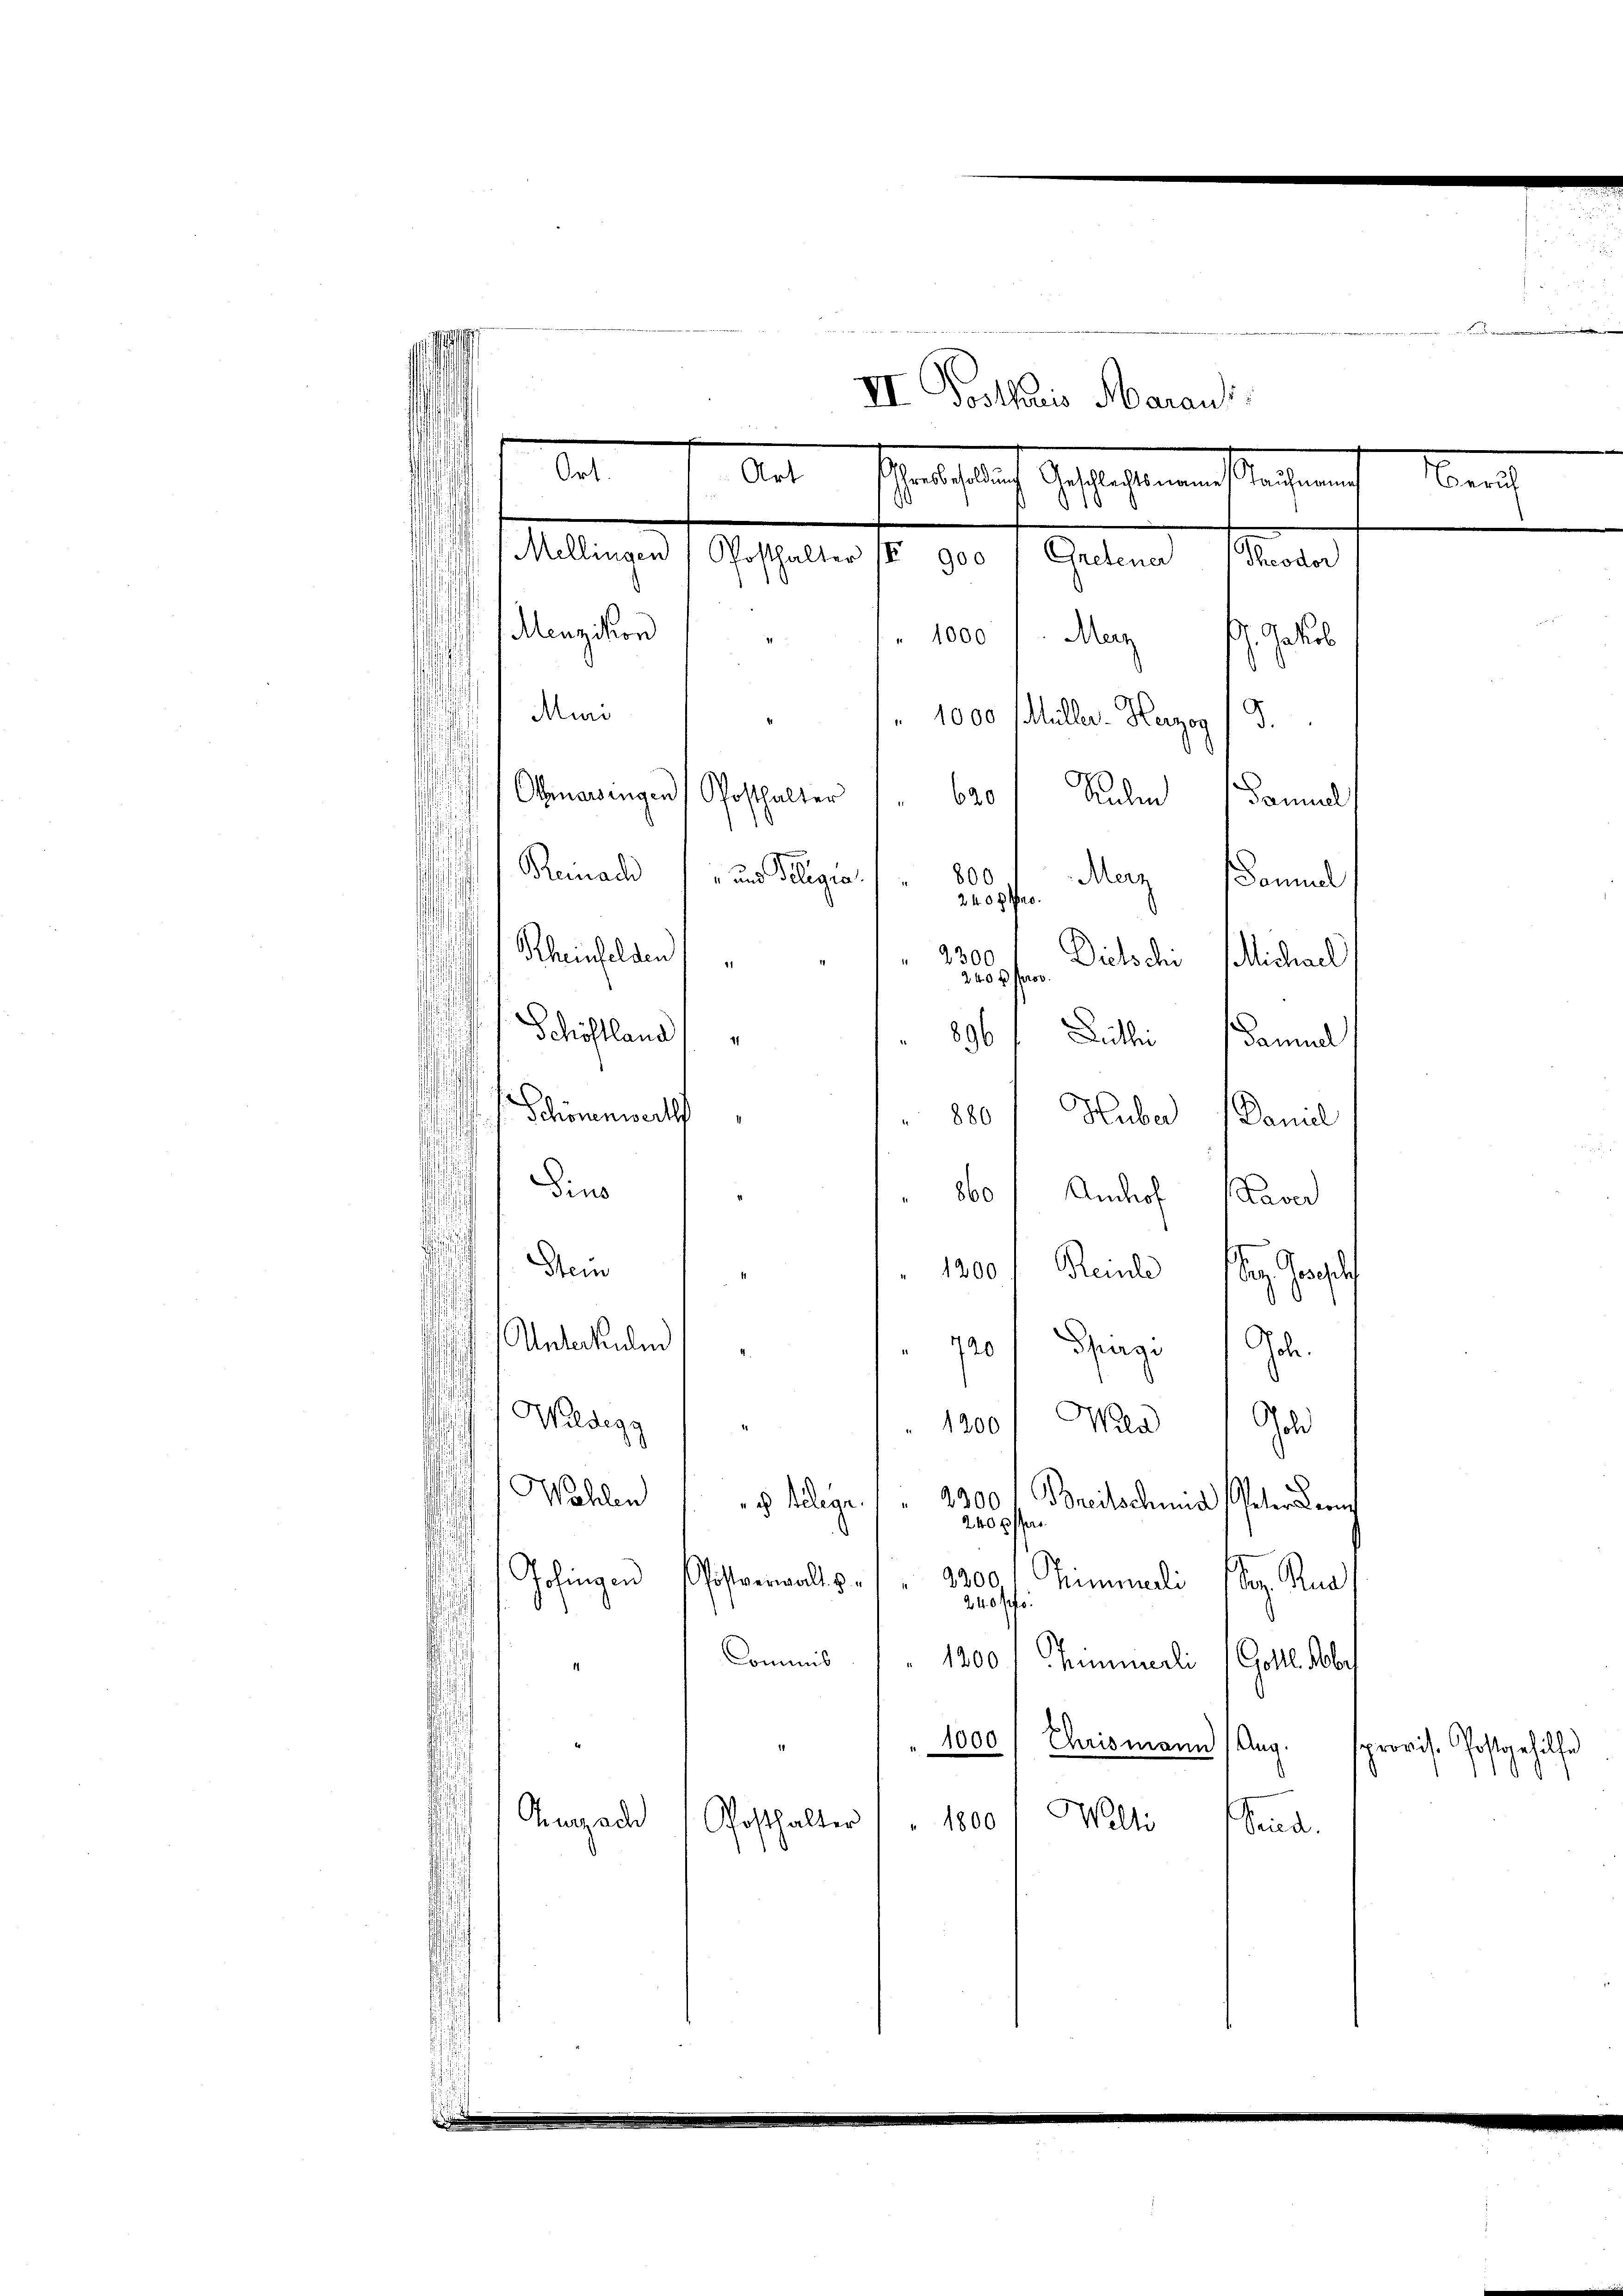
1000 /: Mag. Jahrb
" 1000 Müller Herzog /3.
620
Sulen Samuel
Reinach und Silegia.
800
Merz, Bannel
240 g pro
.
¬
Rheinfelden
2300
Dietschi
Michael
240 x Pro
Schöflland,
896
Luthe Daniel
¬
Schönenwert
 880 Huber 1 Vanil
Dins
 860 / Amchof Haver
¬
Stein
1200 f Reale des Geschlaf
Unterkulin
720 / Sargi 1. Joh.
Wildegg
1200f Wien Geli
Wahlen
2300
Breitsch und Petendung
ch Belege.
20
2200
Johingen histverwalts
Simmli (Beg. Rud
240 ff
Commis " " 1200 " Zimmerli ( Gottl. Kobr
1000
1
Ehrismann Aug.
Welti
Guade
1800
Posthalter
Pand.

¬

Ort.

Menzikon
Muri
Otenarsingen
Posthalter

e
.
Art
Echales auf gestehen und diese ent
Mellingen / Posthalter IV 900 " Gretener Theodor

VII. Postharis Marauss

i

spreise Postgehilfe